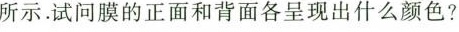
所示.试问膜的正面和背面各呈现出什么颜色?